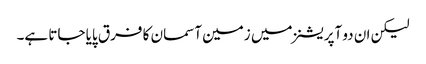
لیکن ان دو آپریشنز میں زمین آسمان کا فرق پایا جاتا ہے۔